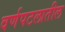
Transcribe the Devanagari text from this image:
वर्णपटलातील